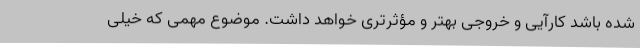
شده باشد کارآیی و خروجی بهتر و مؤثرتری خواهد داشت. موضوع مهمی که خیلی